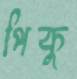
পিকু